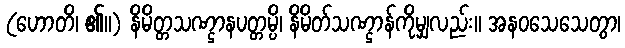
(ဟောတိ၊ ၏။) နိမိတ္တသဏ္ဌာနပတ္တမ္ပိ၊ နိမိတ်သဏ္ဌာန်ကိုမျှလည်း။ အနဝသေသေတွာ၊